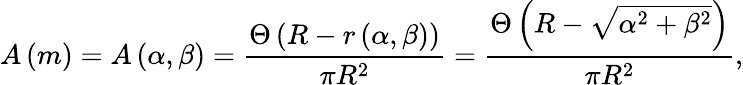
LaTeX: A\left(m\right)=A\left(\alpha,\beta\right)=\frac{\Theta\left(R-r\left(\alpha,\beta\right)\right)}{\pi R^{2}}=\frac{\Theta\left(R-\sqrt{\alpha^{2}+\beta^{2}}\right)}{\pi R^{2}},